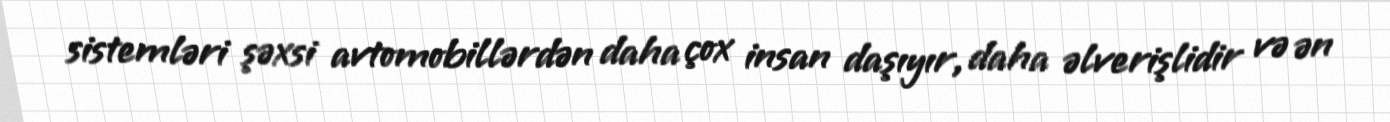
sistemləri şəxsi avtomobillərdən daha çox insan daşıyır, daha əlverişlidir və ən